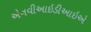
એનવીઆઇડીઆઇએ